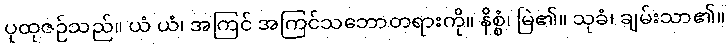
ပုထုဇဉ်သည်။ ယံ ယံ၊ အကြင် အကြင်သဘောတရားကို။ နိစ္စံ၊ မြဲ၏။ သုခံ၊ ချမ်းသာ၏။